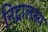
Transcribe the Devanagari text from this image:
निद्रालस्य